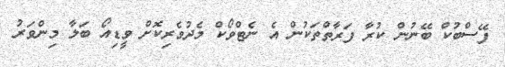
ފޭސްބުކް ބޭނުން ކުރާ ފަރާތްތަކުން އެ ނެޓްވޯކް މެދުވެރިކޮށް ވީޑިއޯ ބަލާ މިންވަރު